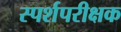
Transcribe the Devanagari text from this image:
स्पर्शपरीक्षक